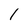
Character: I